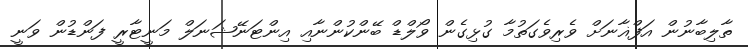
ތާލިބާނުން އަފްޣާނަށް ވެރިވެގަތުމާ ގުޅިގެން ވޯލްޑް ބޭންކުންނާއި އިންޓަނޭޝަނަލް މަނީޓާރީ ފަންޑުން ވަނީ